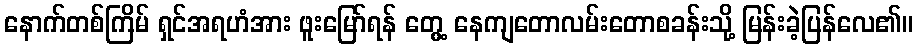
နောက်တစ်ကြိမ် ရှင်အရဟံအား ဖူးမြော်ရန် တွေ့ နေကျတောလမ်းတောစခန်းသို့ မြန်းခဲ့ပြန်လေ၏။